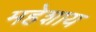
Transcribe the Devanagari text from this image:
महेशाय